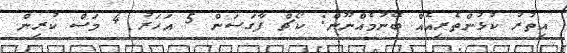
އިތުރު ކުޅުންތެރިއެއް ބޭނުމެއްނޫން: ކޯޗް ފާގަސަން 5 އަހަރު 4 މަސް ކުރިން